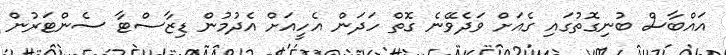
އައްބާސް ބުނިގޮތުގައި ގެއަށް ވަދެވޭނެ ގޮތް ހަދަން އެހީއަށް އެދުމުން ޑިޒާސްޓާ ސެންޓަރުން